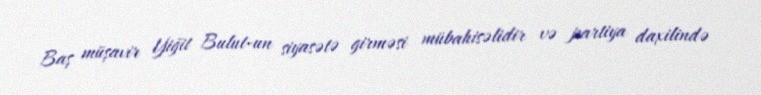
Baş müşavir Yiğit Bulut-un siyasətə girməsi mübahisəlidir və partiya daxilində